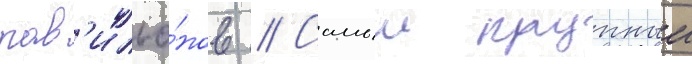
пав'ильо́нов // Самыи крупныи